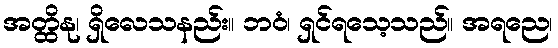
အတ္ထိနု၊ ရှိလေသနည်း။ ဘဝံ၊ ရှင်ရသေ့သည်။ အရညေ၊